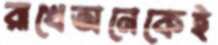
রাখেঅনেকেই